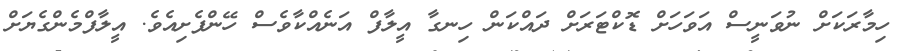
ހިމާރަކަށް ނުވަނީސް އަވަހަށް ޑޮކްޓަރަށް ދައްކަން ހިނގާ އީލާފް އަނެއްކާވެސް ހޭންފެށިއެވެ. އީލާފްމެންގެޔަށް